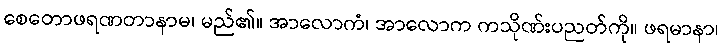
စေတောဖရဏတာနာမ၊ မည်၏။ အာလောကံ၊ အာလောက ကသိုဏ်းပညတ်ကို။ ဖရမာနာ၊